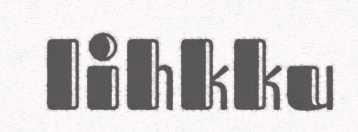
lihkku